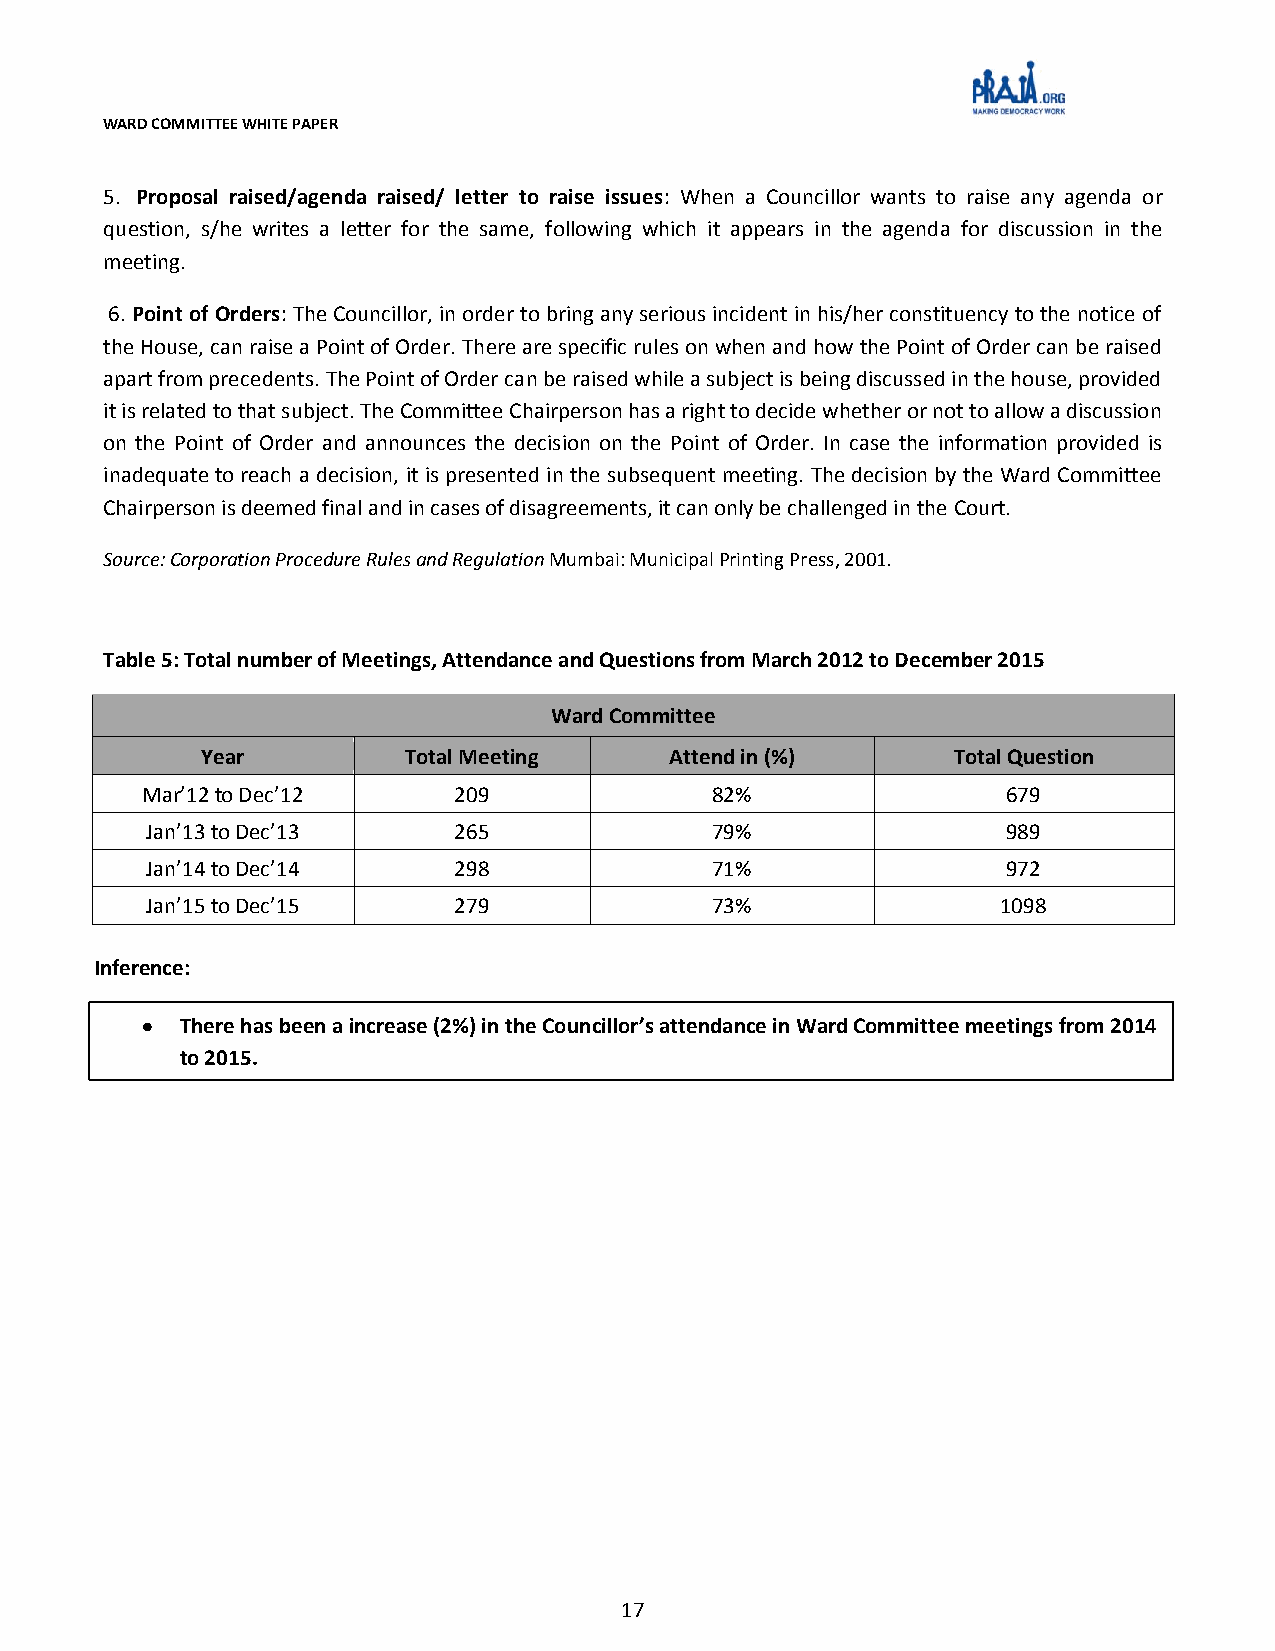
WARD COMMITTEE WHITE PAPER
 5. Proposal raised/agenda raised/ letter to raise issues: When a Councillor wants to raise any agenda or
 question, s/he writes a letter for the same, following which it appears in the agenda for discussion in the
 meeting.
 6. Point of Orders: The Councillor, in order to bring any serious incident in his/her constituency to the notice of
 the House, can raise a Point of Order. There are specific rules on when and how the Point of Order can be raised
 apart from precedents. The Point of Order can be raised while a subject is being discussed in the house, provided
 it is related to that subject. The Committee Chairperson has a right to decide whether or not to allow a discussion
 on the Point of Order and announces the decision on the Point of Order. In case the information provided is
 inadequate to reach a decision, it is presented in the subsequent meeting. The decision by the Ward Committee
 Chairperson is deemed final and in cases of disagreements, it can only be challenged in the Court.
 Source: Corporation Procedure Rules and Regulation Mumbai: Municipal Printing Press, 2001.
 Table 5: Total number of Meetings, Attendance and Questions from March 2012 to December 2015
 Ward Committee
 Year          Total Meeting    Attend in (%)      Total Question
 Mar’12 to Dec’12     209              82%                 679
 Jan’13 to Dec’13    265              79%                 989
 Jan’14 to Dec’14    298              71%                 972
 Jan’15 to Dec’15    279              73%                1098
 Inference:
 TThheerree hhaass bbeeeenn aa iinnccrreeaassee ((22%%)) iinn tthhee CCoouunncciilllloorr’’ss aatttteennddaannccee iinn WWaarrdd CCoommmmiitttteeee mmeeeettiinnggss ffrroomm 22001144
 ttoo 22001155..
 17